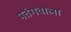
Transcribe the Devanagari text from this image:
पतंगवाला